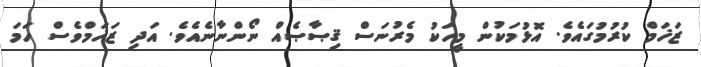
ޒަޚަމް ކުރުމުގައެވެ. އޮޅުމަކުން މީހަކު މެރުނަސް ޤިޞާޞެއް ނޯންނާނެއެވެ. އަދި ޒަޚަމްވެސް ހަމަ